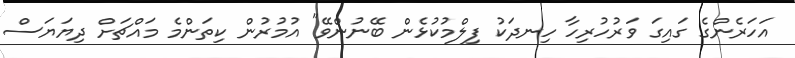
އަހަރެންގެ ގައިގަ ވަރުހުރިހާ ހިނދަކު ފިލްމުކުޅެން ބޭނުންވޭ" އުމުރުން ކިތަންމެ މައްޗަށް ދިޔަޔަސް